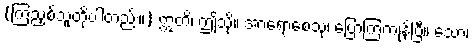
(ကြံညှစ်သူတို့ပါတည်း။) ဣတိ၊ ဤသို့။ အာရောစေသုံ၊ ပြောကြကုန်ပြီ။ သော၊